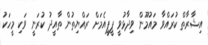
އިޝާރާތް ކުރައްވާ މައުމޫން ވިދާޅުވީ ޕީޕީއެމަށް ރައްޔިތުން ތާއީދު ކުރަނީ ވަކި މީހަކު